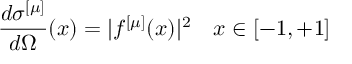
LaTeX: \frac { d \sigma ^ { [ \mu ] } } { d \Omega } ( x ) = \vert f ^ { [ \mu ] } ( x ) \vert ^ { 2 } \, \, \, \, \, \, x \in [ - 1 , + 1 ]